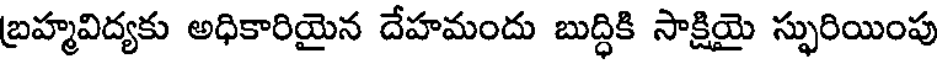
బ్రహ్మవిద్యకు అధికారియైన దేహమందు బుద్ధికి సాక్షియై స్ఫురియింపు